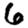
Digit: 6